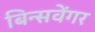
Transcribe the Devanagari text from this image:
बिन्सवेंगर